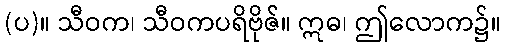
(ပ)။ သီဝက၊ သီဝကပရိဗိုဇ်။ ဣဓ၊ ဤလောက၌။